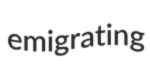
emigrating